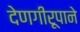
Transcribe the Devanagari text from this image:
देणगीरूपाने